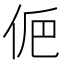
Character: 𠈊